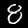
Digit: 8